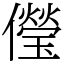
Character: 𠐓